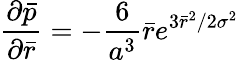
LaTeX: \frac{{\partial}\bar{p}}{{\partial}\bar{r}}=-\frac{6}{a^{3}}\bar{r}e^{3\bar{r}^{2}/2{\sigma}^{2}}